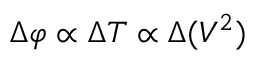
\Delta \varphi \propto \Delta T \propto \Delta ( V ^ { 2 } )